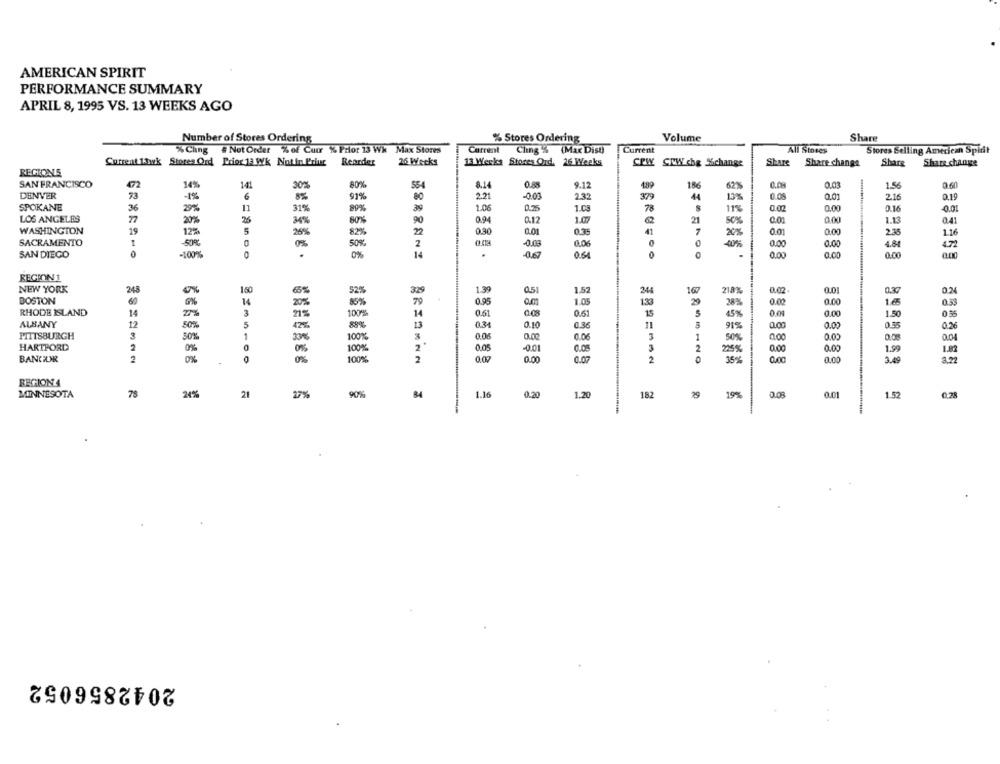
AMERICAN SPIRIT
PERFORMANCE SUMMARY
APRIL 8, 1995 VS. 13 WEEKS AGO
Number of Stores Ordering
% Stores Ordering
Volume
Share
-
%Chng # Not Order % of Cuor % Prior 13 Wh Max Stores
Current
Ching % (Max Disu)
Current
All Stores
Stores Selling American Spirit
26 Weeks
Current 1.wk Stores Ord Prior 13 Wk Notin Priur Reorder
13 Werks Stores Ord. 26 Weeks
CPW CMW che %change
Share
Share change
Share
Share change
REGIONS
SAN FRANCISCO
472
14%
80%
186
0.03
9.60
141
30%
8.14
9.12
629
1.5
DENVER
73
-1%
6
8%
91%
80
2.21
-0.03
2.32
379
44
0.05
0.01
2.16
0.19
SPOKANE
11
78
0.00
0.0.
36
25%
31%
80%
39
1.06
0.25
1.03
LOS ANGELES
77
20%
26
34%
80%
90
0.9
0.12
1.0
21
0.01
0,00
1.13
041
WASHINGTON
19
1
12%
5
26%
82%
22
0.30
0.3
41
20%
0.01
0.00
2.35
1.16
SACRAMENTO
-50%
0
50%
2
-0.03
6.06
40%
0.00
0.00
4.81
0
SAN DIEGO
-100%
0%
14
-0.67
0.64
0
0.00
0.00
0.00
0.00
REGION1
NEW YORK
248
150
1.39
0.5
1.52
100
0.02
0.01
0,37
0.24
6%
329
218
BOSTON
60
14
20%
85%
79
0.95
1.05
1.33
28%
0.02
0.00
1.65
0.53
RHODE ISLAND
14
2%
3
14
0.61
0.08
0.61
15
45%
0.00
1.50
100%
0.00
ALBANY
12
50%
5
47%
89%
0.31
0.10
0.36
11
91%
0,00
0.00
015
0.26
PITTSBURGH
2
1
0.06
0.00
0.05
1
0.04
30%
100%
50%
000
0.00
HARTFORD
2
0%
100%
2
0.05
0.01
0.05
3
2
25%
0.00
0.00
1.99
1.82
BANCEDIR
2
0%
00%
2
0.07
0.00
0.03
2
35%
0.00
3.49
0%
0.00
REGION4
MINNESOTA
78
24%
21
17%
90%
84
1.16
0.20
1.20
182
29
19%
0.01
1.52
0.28
2042856052